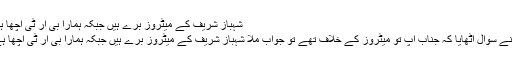
شہباز شریف کے میٹروز برے ہیں جبکہ ہمارا بی آر ٹی اچھا ہے
ہم نے سوال اٹھایا کہ جناب آپ تو میٹروز کے خلاف تھے تو جواب ملا شہباز شریف کے میٹروز برے ہیں جبکہ ہمارا بی آر ٹی اچھا ہے۔